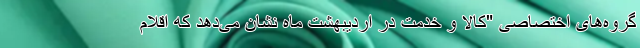
گروه‌های اختصاصی "کالا و خدمت در اردیبهشت ‌ماه نشان می‌دهد که اقلام